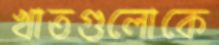
খাতগুলোকে